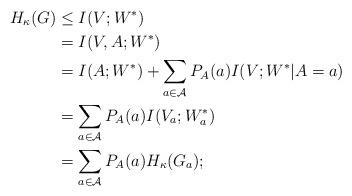
LaTeX: \begin{align*} H_\kappa(G) & \leq I(V;W^*) \\ & = I(V,A;W^*) \\ & = I(A;W^*) + \sum_{a \in \mathcal{A}} P_A(a) I(V;W^*|A = a)\\ & = \sum_{a \in \mathcal{A}} P_A(a) I(V_a;W_a^*) \\ & = \sum_{a \in \mathcal{A}} P_A(a) H_\kappa(G_a); \end{align*}